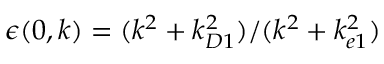
\epsilon ( 0 , \boldsymbol { k } ) = ( k ^ { 2 } + k _ { D 1 } ^ { 2 } ) / ( k ^ { 2 } + k _ { e 1 } ^ { 2 } )